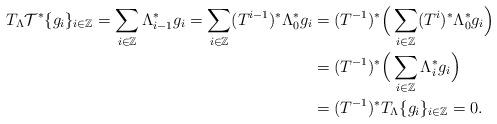
LaTeX: \begin{align*}T_\Lambda\mathcal{T}^*\{g_i\}_{i\in \mathbb{Z}}=\sum_{i\in \mathbb{Z}}\Lambda_{i-1}^*g_i=\sum_{i\in \mathbb{Z}}(T^{i-1})^*\Lambda_0^*g_i&=(T^{-1})^*\Big(\sum_{i\in \mathbb{Z}}(T^{i})^*\Lambda_0^*g_i\Big)\\&=(T^{-1})^*\Big(\sum_{i\in \mathbb{Z}}\Lambda_i^*g_i\Big)\\&=(T^{-1})^*T_\Lambda\{g_i\}_{i\in \mathbb{Z}}=0.\end{align*}